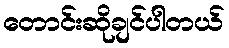
တောင်းဆိုချင်ပါတယ်